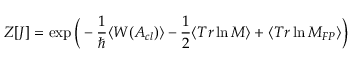
Z [ J ] = \exp \Big ( - \frac { 1 } { \hbar } \langle W ( A _ { c l } ) \rangle - \frac { 1 } { 2 } \langle T r \ln { \cal M } \rangle + \langle T r \ln { \cal M } _ { F P } \rangle \Big )